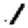
Digit: 1